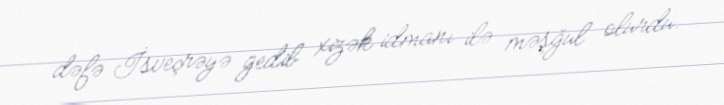
dəfə İsveçrəyə gedib xizək idmanı ilə məşğul olurdu.